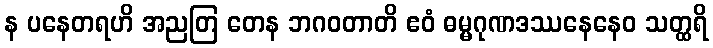
န ပနေတရဟိ အညတြ တေန ဘဂဝတာတိ ဧဝံ ဓမ္မဂုဏဒဿနေနေဝ သတ္ထရိ